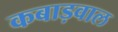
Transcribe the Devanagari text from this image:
कबाड़वाल